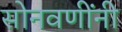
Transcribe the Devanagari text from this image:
सोनवणींनी